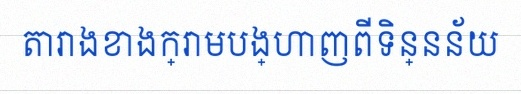
តារាងខាងក្រោមបង្ហាញពីទិន្នន័យ